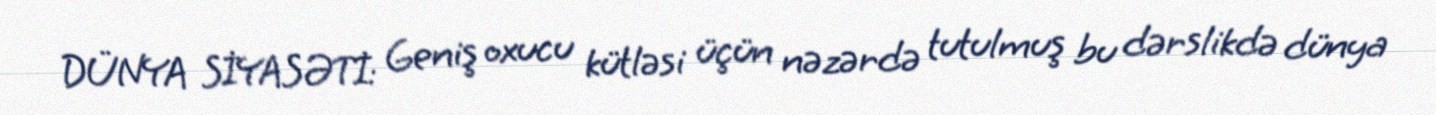
DÜNYA SİYASƏTİ: Geniş oxucu kütləsi üçün nəzərdə tutulmuş bu dərslikdə dünya